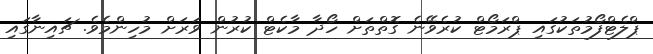
ޕްލެޓްފޯމުތަކުގައި ޕްރަމޯޓް ކުރެވޭނެ ގޮތްތަށް ހޯދާ މާކެޓް ކުރުން ވަރަށް މުހިންމެވެ. ޗައިނާގައި